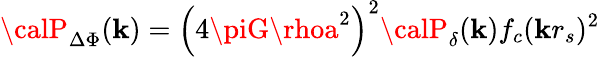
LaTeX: {\calP}_{\Delta\Phi}(\mathbf{k})=\left(4\piG\rhoa^{2}\right)^{2}{\calP}_{\delta}(\mathbf{k})f_{c}(\mathbf{k}r_{s})^{2}